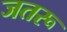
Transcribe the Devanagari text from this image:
जतरू